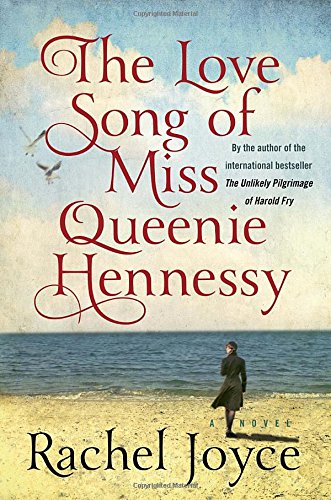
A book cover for The Love Song of Miss Queenie Hennessy: A Novel; Rachel Joyce; Literature & Fiction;